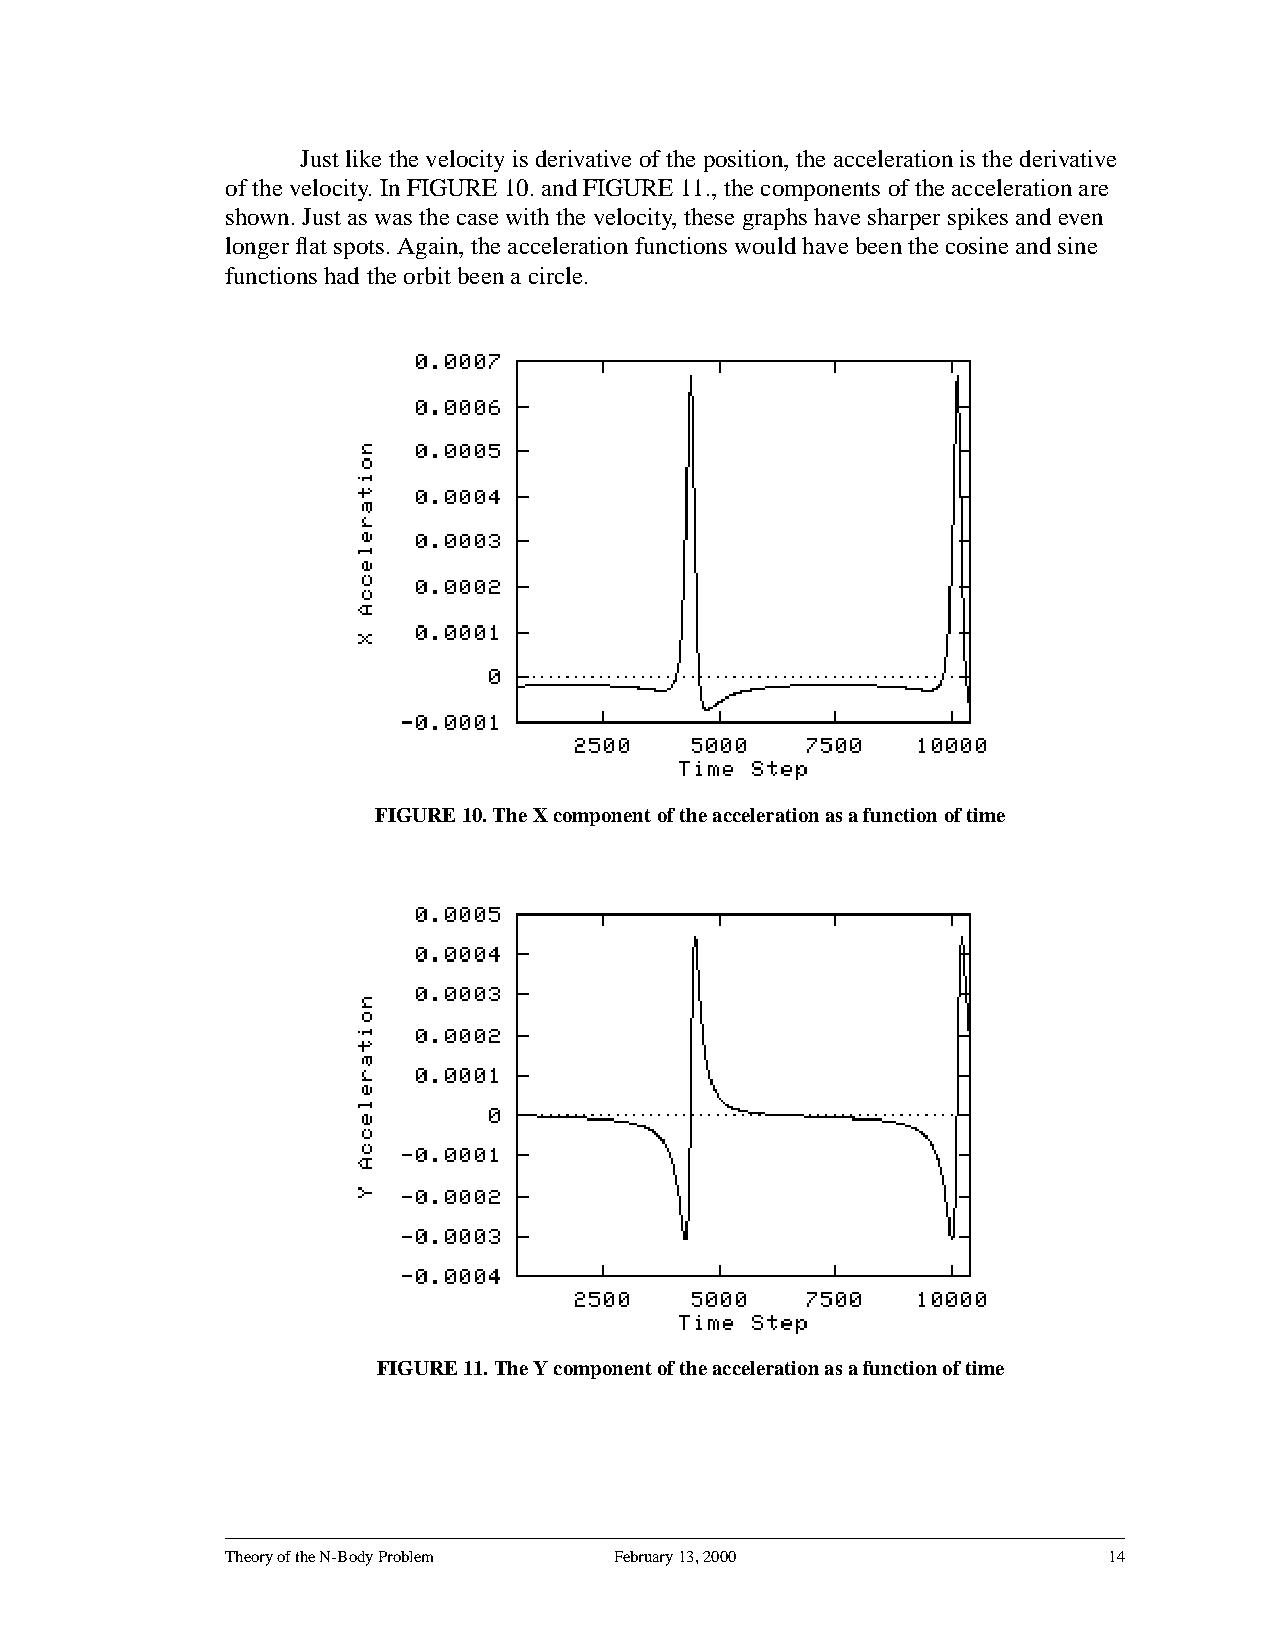
Just like the velocity is derivative of the position, the acceleration is the derivative
 of the velocity. In FIGURE 10. and FIGURE 11., the components of the acceleration are
 shown. Just as was the case with the velocity, these graphs have sharper spikes and even
 longer flat spots. Again, the acceleration functions would have been the cosine and sine
 functions had the orbit been a circle.
 FIGURE 10. The X component of the acceleration as a function of time
 FIGURE11.TheYcomponentoftheaccelerationasafunctionoftime
 Theory of the N-Body Problem February 13, 2000            14